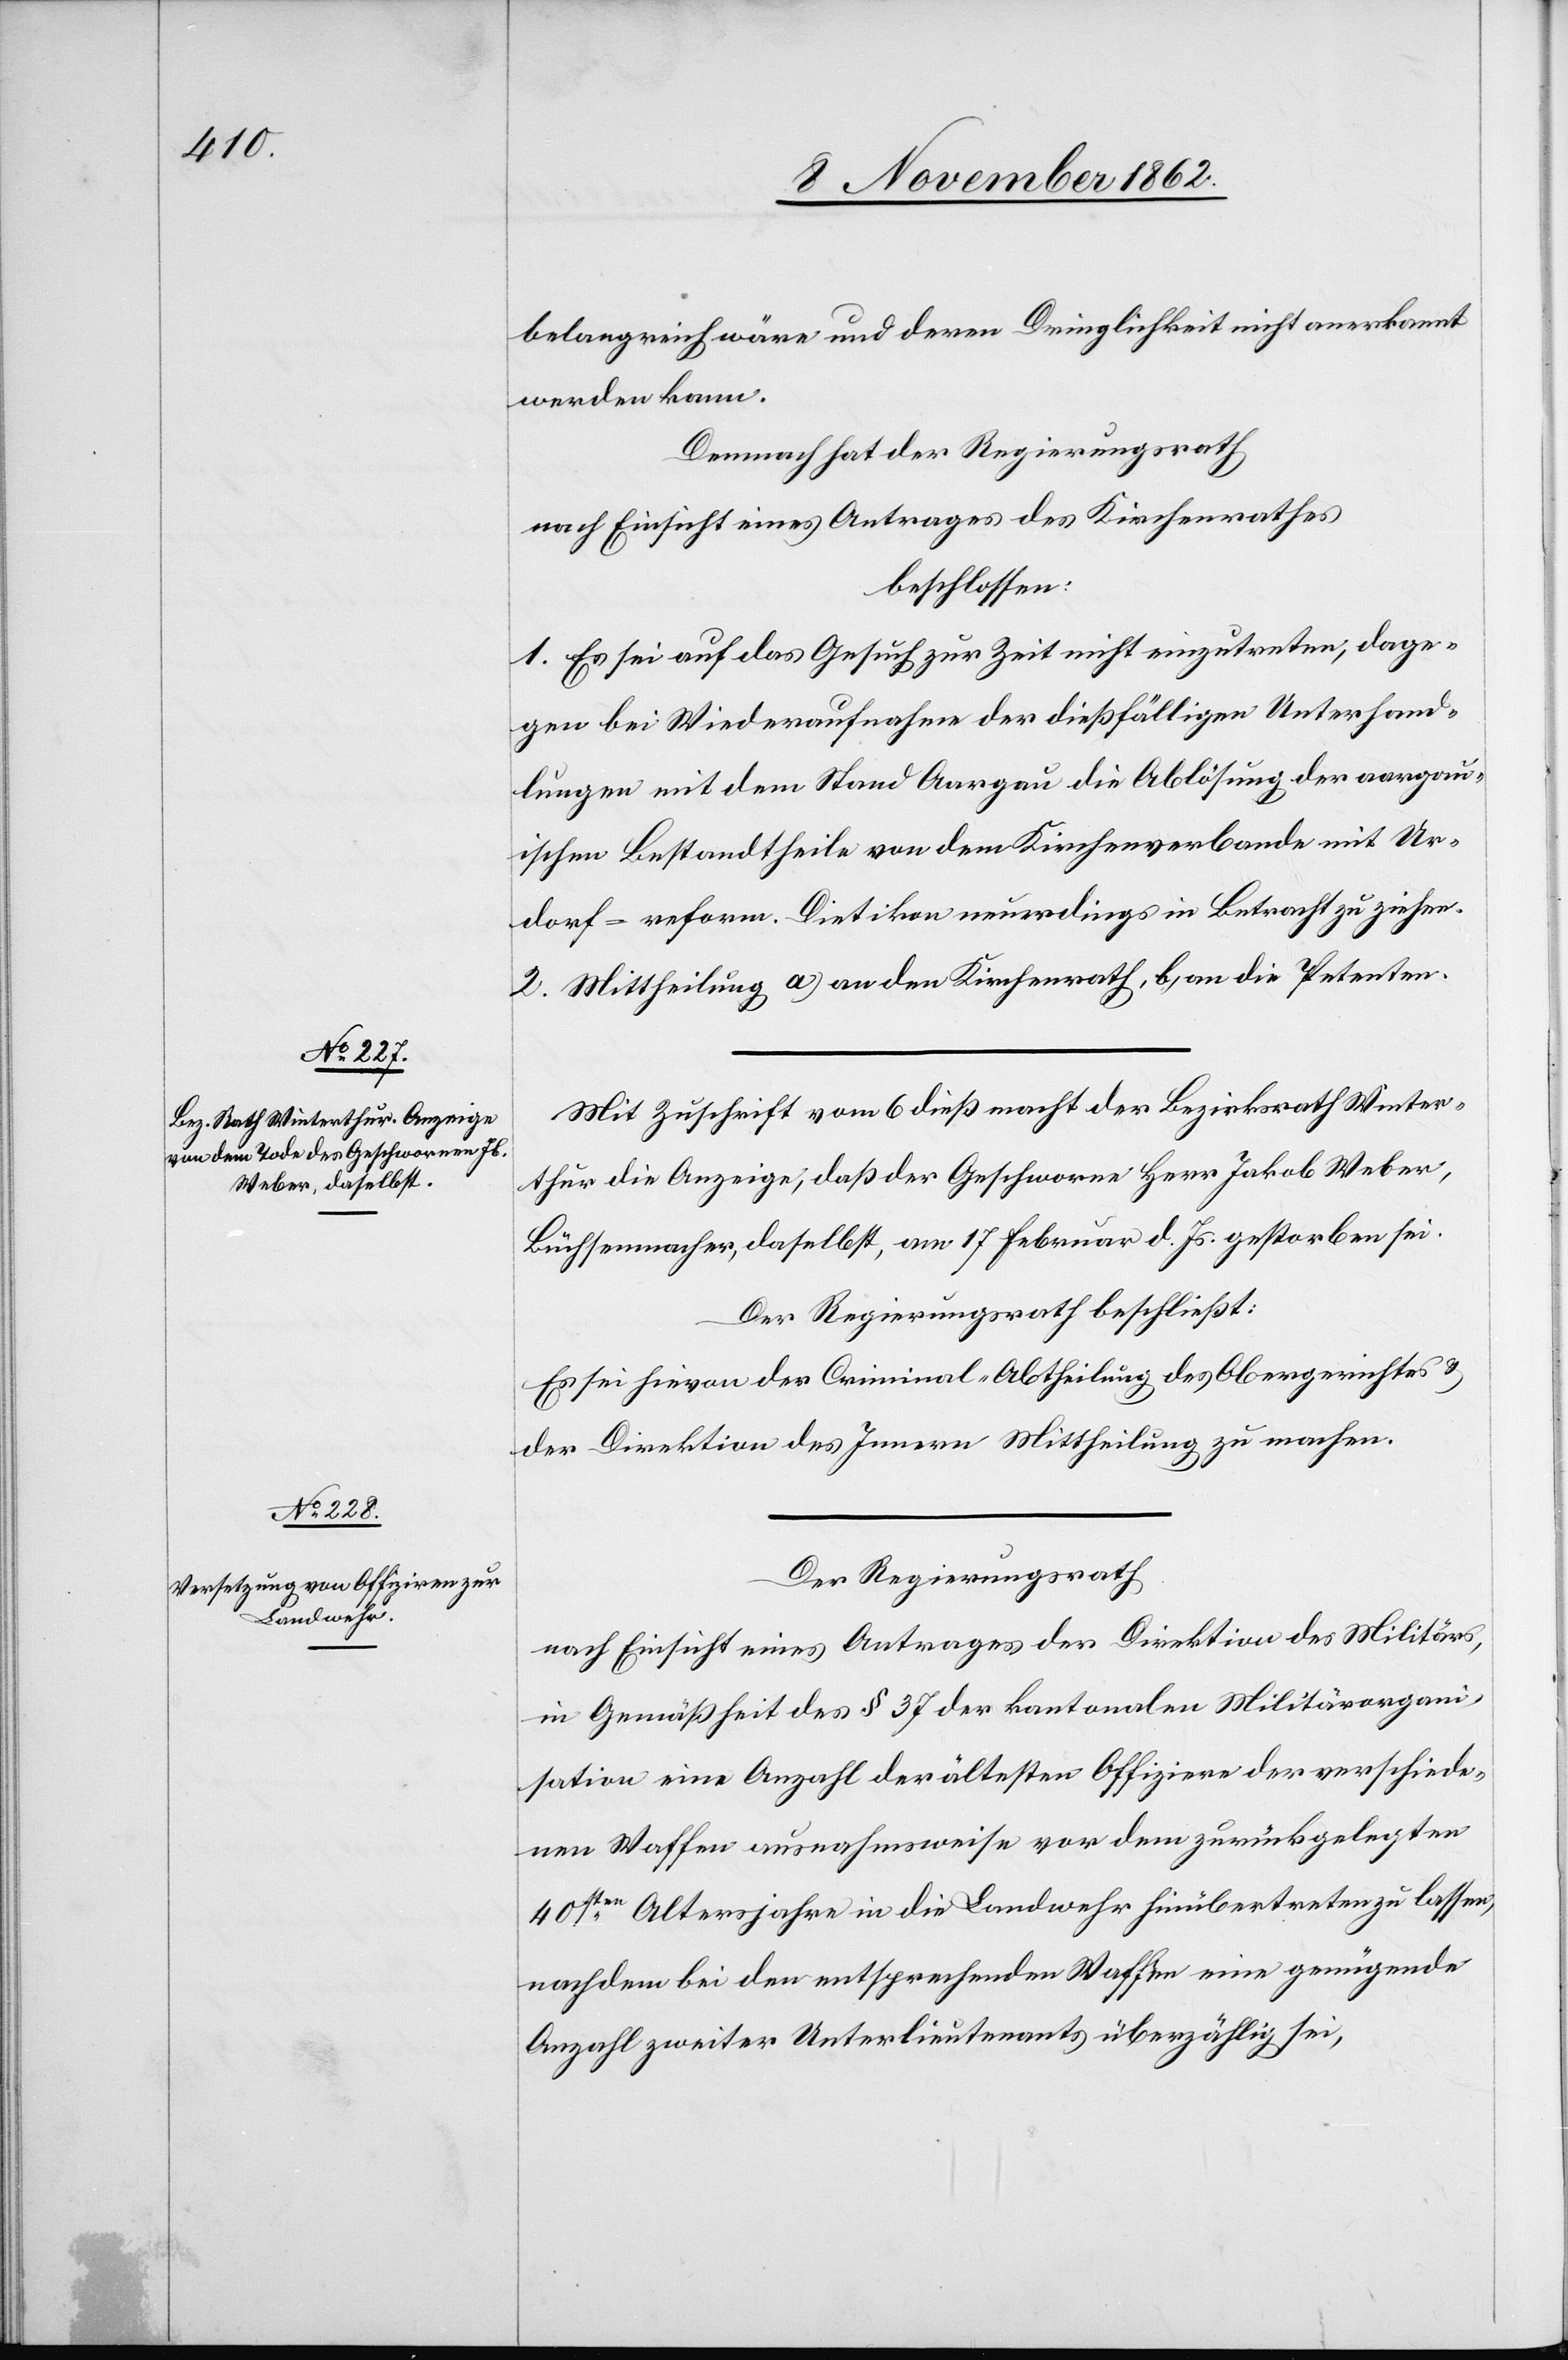
belangreich wäre und deren Dringlichkeit nicht anerkannt
werden kann.
Demnach hat der Regierungsrath
nach Einsicht eines Antrages des Kirchenrathes
beschlossen:
1. Es sei auf das Gesuch zur Zeit nicht einzutreten, dage¬
gen bei Wiederaufnahme der dießfälligen Unterhand¬
lungen mit dem Stand Aargau die Ablösung der aargau¬
ischen Bestandtheile von dem Kirchenverbande mit Ur¬
dorf–reform. Dietikon neuerdings in Betracht zu ziehen.
2. Mittheilung a) an den Kirchenrath, b) an die Petenten.
Mit Zuschrift vom 6. dieß macht der Bezirksrath Winter¬
thur die Anzeige, daß der Geschworne Herr Jakob Weber,
Büchsenmacher, daselbst, am 17. Februar d. Js. gestorben sei.
Der Regierugnsrath beschließt:
Es sei hievon der Criminal-Abtheilung des Obergerichtes u.
der Direktion des Innern Mittheilung zu machen.
Der Regierungsrath
nach Einsicht eines Antrages der Direktion des Militärs,
in Gemäßheit des § 37 der kantonalen Militärorgani¬
sation eine Anzahl der ältesten Offiziere der verschiede¬
nen Waffen ausnahmsweise der dem zurückgelegten
40sten Altersjahre in die Landwehr hinübertreten zu lassen,
nachdem bei den entsprechenden Waffen eine genügende
Anzahl zweiter Unterlieutenants überzählig sei,